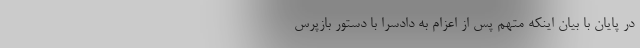
در پایان با بیان اینکه متهم پس از اعزام به دادسرا با دستور بازپرس